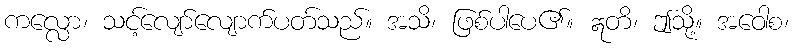
ကလ္လော၊ သင့်လျော်လျောက်ပတ်သည်။ အသိ၊ ဖြစ်ပါပေ၏။ ဣတိ၊ ဤသို့။ အဝေါစ၊